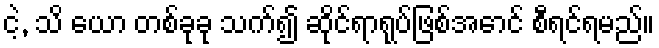
ငဲ့, သိ ယော တစ်ခုခု သက်၍ ဆိုင်ရာရုပ်ဖြစ်အောင် စီရင်ရမည်။